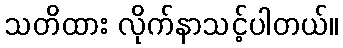
သတိထား လိုက်နာသင့်ပါတယ်။